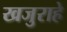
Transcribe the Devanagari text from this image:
खजुराहे